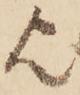
欤